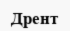
Дрент